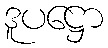
ဒူပဋ္ဌော